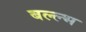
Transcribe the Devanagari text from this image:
बल्ल्भ